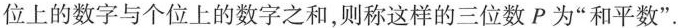
位上的数字与个位上的数字之和，则称这样的三位数 P 为“平数”.